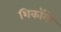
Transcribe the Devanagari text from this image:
शिकॉगो